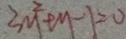
3 M ^ { 2 } + M - 1 = 0